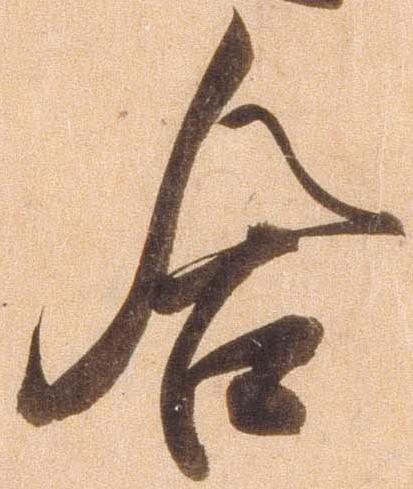
合